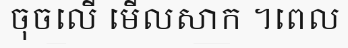
ចុចលើ មើលសាក ។ពេល